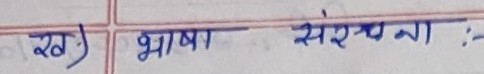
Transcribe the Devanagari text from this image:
ख) भाषा संरचना :-